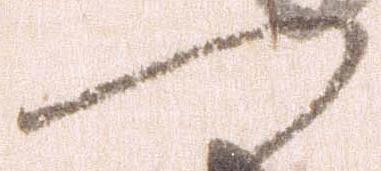
つ